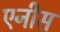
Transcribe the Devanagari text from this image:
एनीस